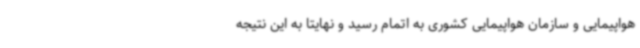
هواپیمایی و سازمان هواپیمایی کشوری به اتمام رسید و نهایتا به این نتیجه